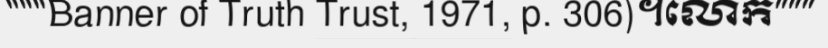
"""Banner of Truth Trust, 1971, p. 306)។លោក"""